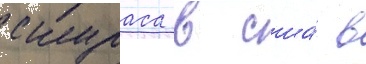
скураса в сша́ в